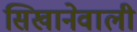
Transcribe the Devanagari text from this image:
सिखानेवाली